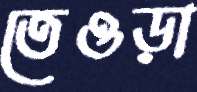
তেওড়া